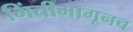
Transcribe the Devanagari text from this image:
भिंतीमागूनच